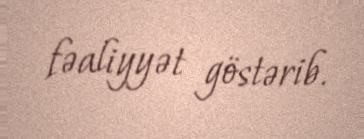
fəaliyyət göstərib.